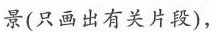
景(只画出有关片段)，